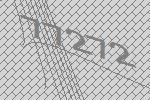
77272